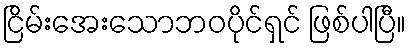
ငြိမ်းအေးသောဘဝပိုင်ရှင် ဖြစ်ပါပြီ။